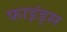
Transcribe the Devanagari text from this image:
फाइंड्स